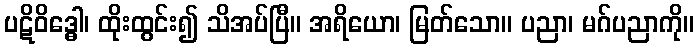
ပဋိဝိဒ္ဓေါ၊ ထိုးထွင်း၍ သိအပ်ပြီ။ အရိယော၊ မြတ်သော။ ပညာ၊ မဂ်ပညာကို။